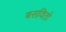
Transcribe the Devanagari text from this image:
बसवितो